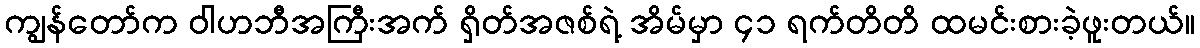
ကျွန်တော်က ဝါဟဘီအကြီးအက် ရှိတ်အဇစ်ရဲ့ အိမ်မှာ ၄၁ ရက်တိတိ ထမင်းစားခဲ့ဖူးတယ်။